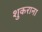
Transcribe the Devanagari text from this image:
शुकराना